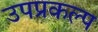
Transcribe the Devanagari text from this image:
उपप्रकल्प